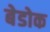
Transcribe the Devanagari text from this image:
बेडोक